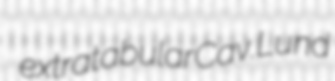
extratabular Cav. Lund